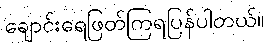
ချောင်းရေဖြတ်ကြရပြန်ပါတယ်။